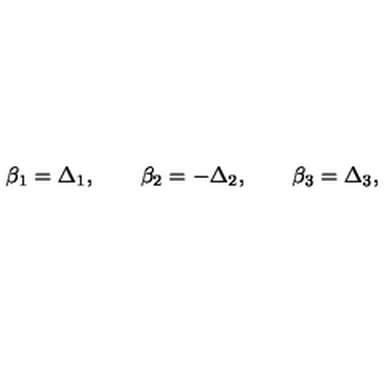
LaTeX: \beta _ { 1 } = \Delta _ { 1 } , \qquad \beta _ { 2 } = - \Delta _ { 2 } , \qquad \beta _ { 3 } = \Delta _ { 3 } ,